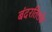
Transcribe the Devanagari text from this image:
बंदरतिलके